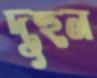
দুহুন